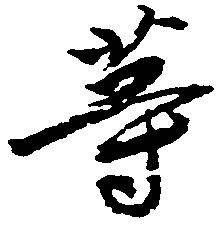
等